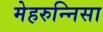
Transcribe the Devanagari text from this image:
मेहरुन्‍निसा